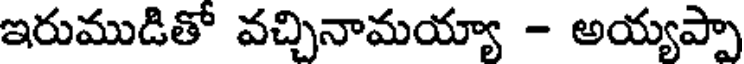
ఇరుముడితో వచ్చినామయ్యా - అయ్యప్పా